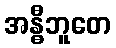
အန္ဓီဘူတေ